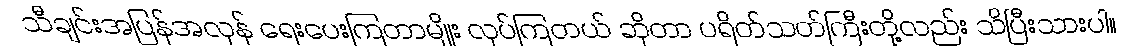
သီချင်းအပြန်အလှန် ရေးပေးကြတာမျိုး လုပ်ကြတယ် ဆိုတာ ပရိတ်သတ်ကြီးတို့လည်း သိပြီးသားပါ။